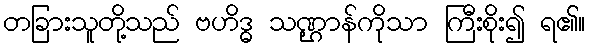
တခြားသူတို့သည် ဗဟိဒ္ဓ သဏ္ဌာန်ကိုသာ ကြီးစိုး၍ ရ၏။